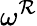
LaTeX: \omega^{\mathcal{R}}